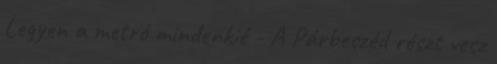
Legyen a metró mindenkié - A Párbeszéd részt vesz